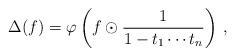
LaTeX: \begin{align*}\Delta(f)= \varphi\left(f\odot \frac{1}{1-t_1\cdots t_n}\right)\,,\end{align*}